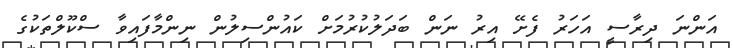
އަންނަ ދިރާސީ އަހަރު ފެށޭ އިރު ނަން ބަދަލުކުރުމަށް ކައުންސިލުން ނިންމާފައިވާ ސްކޫލްތަކުގެ